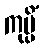
ကုပ္ပိံ